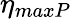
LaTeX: \eta_{maxP}